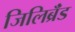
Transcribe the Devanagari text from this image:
जिलिब्रॅंड